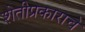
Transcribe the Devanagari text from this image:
शेतीप्रकाराचे